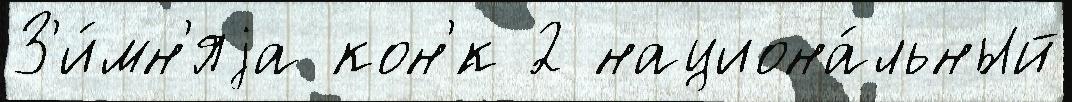
З'и́мн'яjа кон'́к 2 национа́льный